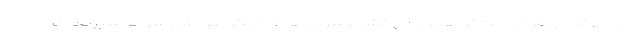
باز می‌کند و فرد راحت‌تر نفس می‌کشد. سوپ‌های دیگر نیز مثل سوپ سبزیجات